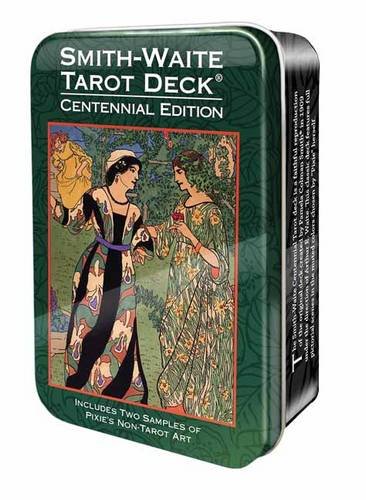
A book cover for Smith-Waite Centennial Tarot Deck in a Tin; Pamela Colman Smith; Religion & Spirituality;